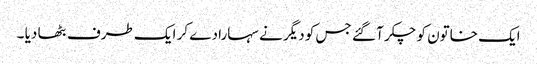
ایک خاتون کو چکر آ گئے جس کو دیگر نے سہارا دے کر ایک طرف بٹھا دیا ۔